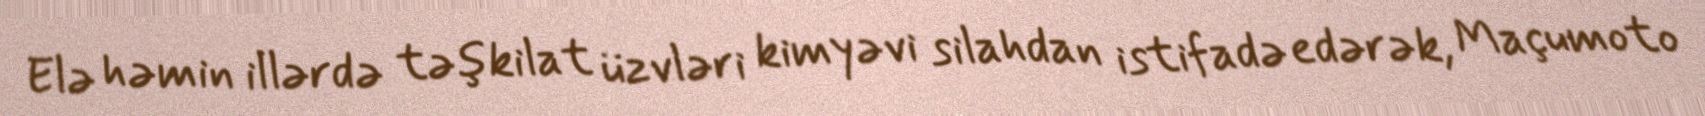
Elə həmin illərdə təşkilat üzvləri kimyəvi silahdan istifadə edərək, Maçumoto